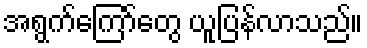
အရွက်ကြော်တွေ ယူပြန်လာသည်။